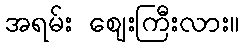
အရမ်း ဈေးကြီးလား။